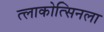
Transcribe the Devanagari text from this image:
त्लाकोत्सिनला